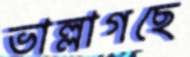
ভাল্লাগছে